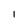
Character: 1